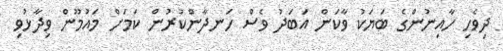
ދިވެހި ހާއިނުންގެ ބަޔަކު ވާކަން އަބަދު ވެސް ހަނދާންކުރުން ކަމަށް މައުމޫން ވިދާޅުވި